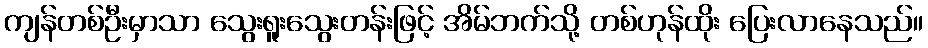
ကျန်တစ်ဦးမှာသာ သွေးရူးသွေးတန်းဖြင့် အိမ်ဘက်သို့ တစ်ဟုန်ထိုး ပြေးလာနေသည်။